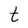
Character: t